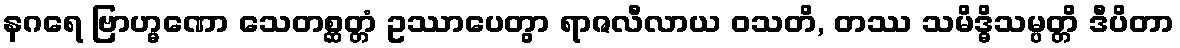
နဂရေ ဗြာဟ္မဏော သေတစ္ဆတ္တံ ဥဿာပေတွာ ရာဇလီလာယ ဝသတိ, တဿ သမိဒ္ဓိသမ္ပတ္တိ ဒီပိတာ